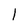
Character: 1